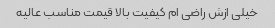
خیلی ازش راضی ام کیفیت بالا قیمت مناسب عالیه